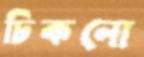
ঢিকনো